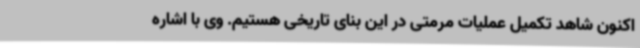
اکنون شاهد تکمیل عملیات مرمتی در این بنای تاریخی هستیم. وی با اشاره